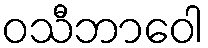
ဝသီဘာဝေါ